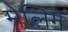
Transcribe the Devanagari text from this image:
मेलिगे